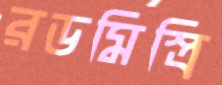
রডমিস্ত্রি